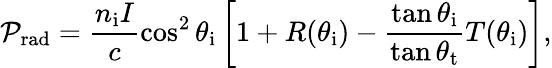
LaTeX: \mathcal{P}_{\mathrm{rad}}=\frac{n_{\mathrm{i}}I}{c}\cos^{2}\theta_{\mathrm{i}}\left[1+R(\theta_{\mathrm{i}})-\frac{\tan\theta_{\mathrm{i}}}{\tan\theta_{\mathrm{t}}}T(\theta_{\mathrm{i}})\right],